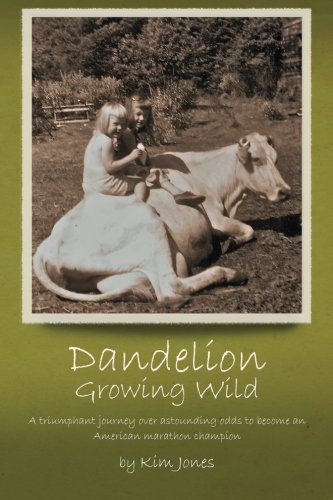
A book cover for Dandelion Growing Wild: A triumphant journey over astounding odds  by American marathon champion Kim Jones; Kim Jones; Sports & Outdoors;